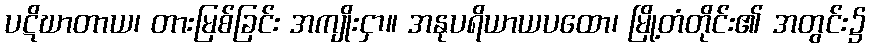
ပဋိဃာတာယ၊ တားမြစ်ခြင်း အကျိုးငှာ။ အနုပရိယာယပထော၊ မြို့တံတိုင်း၏ အတွင်း၌